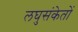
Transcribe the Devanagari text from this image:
लघुसंकेतों